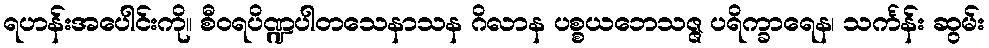
ရဟန်းအပေါင်းကို။ စီဝရပိဏ္ဍပါတသေနာသန ဂိလာန ပစ္စယဘေသဇ္ဇ ပရိက္ခာရေန၊ သင်္ကန်း ဆွမ်း